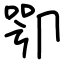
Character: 卾